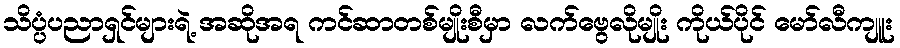
သိပ္ပံပညာရှင်များရဲ့ အဆိုအရ ကင်ဆာတစ်မျိုးစီမှာ လက်ဗွေလိုမျိုး ကိုယ်ပိုင် မော်လီကျူး